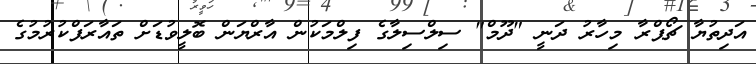
އަދިތުޔާ ޗޯޕްރާ މިހާރު ދަނީ "ދޫމް" ސިލްސިލާގެ ފިލްމަކުން އާރްޔަން ބޮލީވުޑަށް ތައާރަފްކުރުމުގެ